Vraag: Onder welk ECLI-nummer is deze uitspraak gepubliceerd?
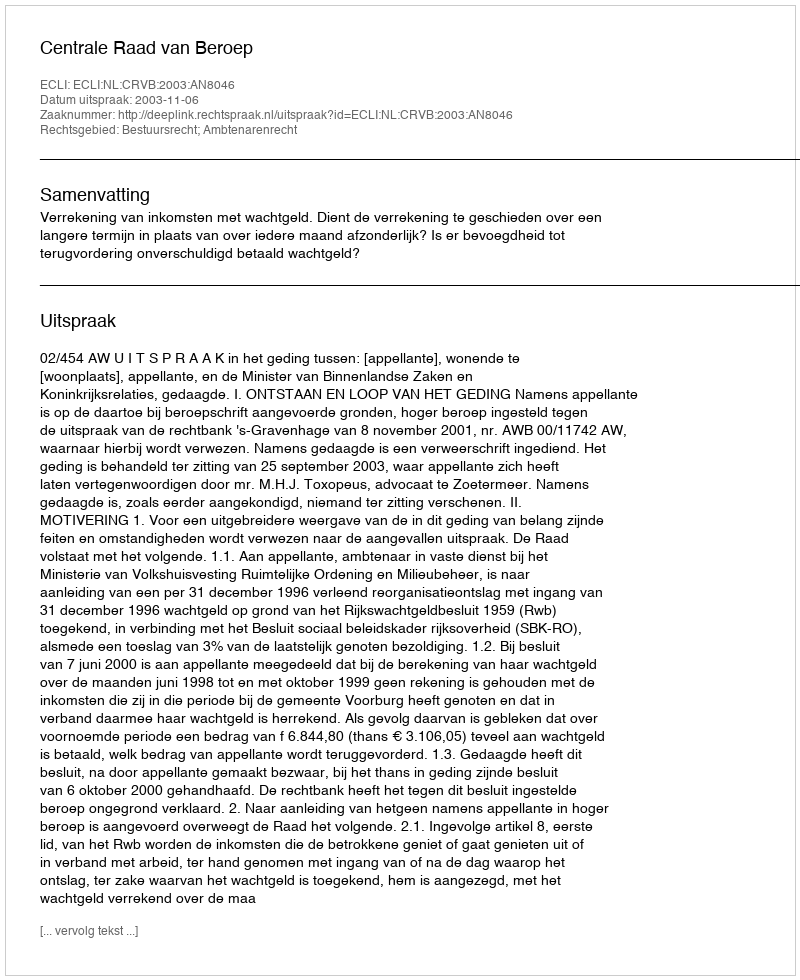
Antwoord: ECLI:NL:CRVB:2003:AN8046